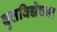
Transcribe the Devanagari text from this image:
वृत्तविद्येच्या